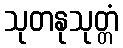
သုတနုသုတ္တံ